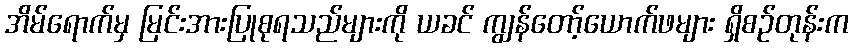
အိမ်ရောက်မှ မြင်းအားပြုစုရသည်များကို ယခင် ကျွန်တော့်ယောက်ဖများ ရှိစဉ်တုန်းက